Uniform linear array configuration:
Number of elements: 32
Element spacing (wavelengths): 0.25
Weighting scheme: uniform
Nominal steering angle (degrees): -30
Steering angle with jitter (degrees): -28.729
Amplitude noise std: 0.05
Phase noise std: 0.05

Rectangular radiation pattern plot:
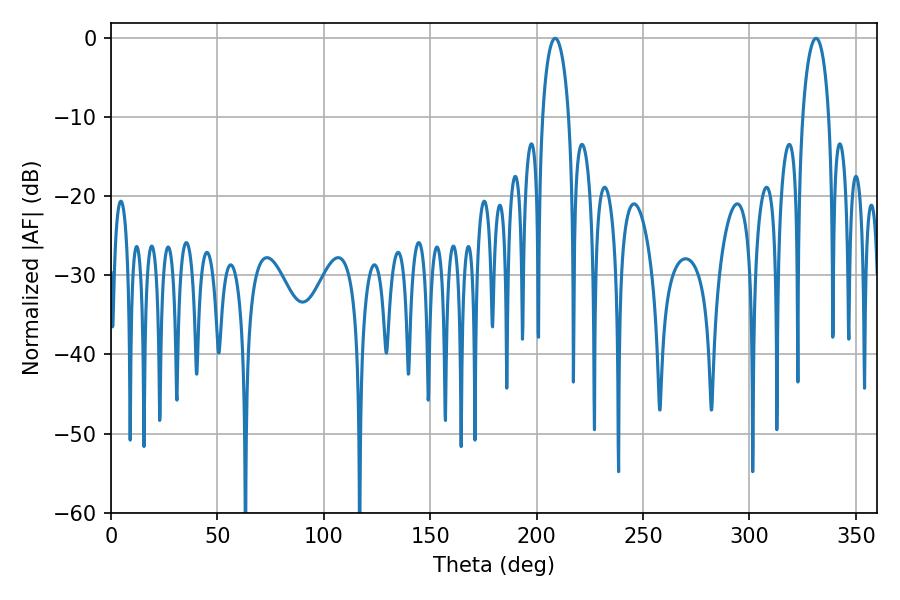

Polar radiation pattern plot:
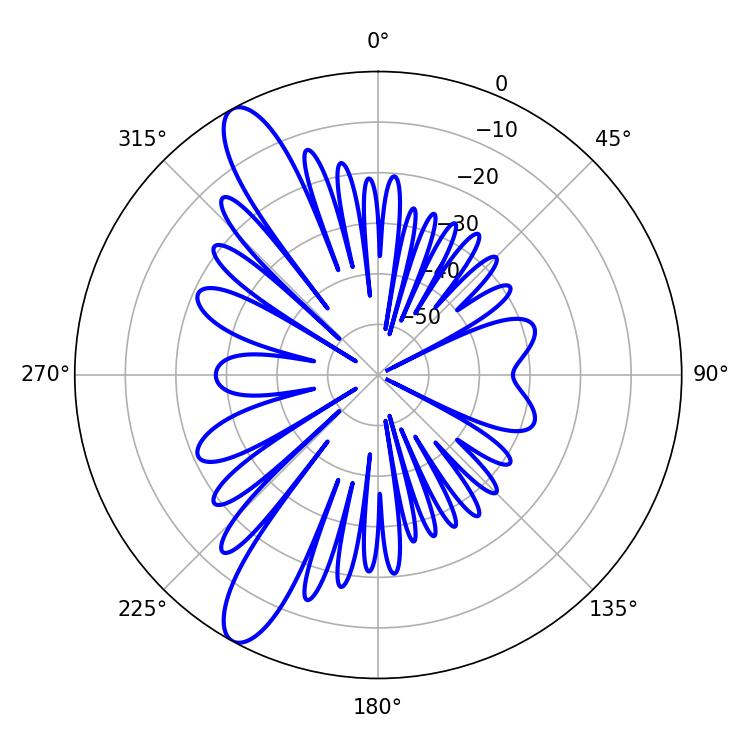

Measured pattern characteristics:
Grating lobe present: FALSE
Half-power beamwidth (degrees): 7.2
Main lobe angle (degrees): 208.62